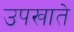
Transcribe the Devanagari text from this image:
उपखाते